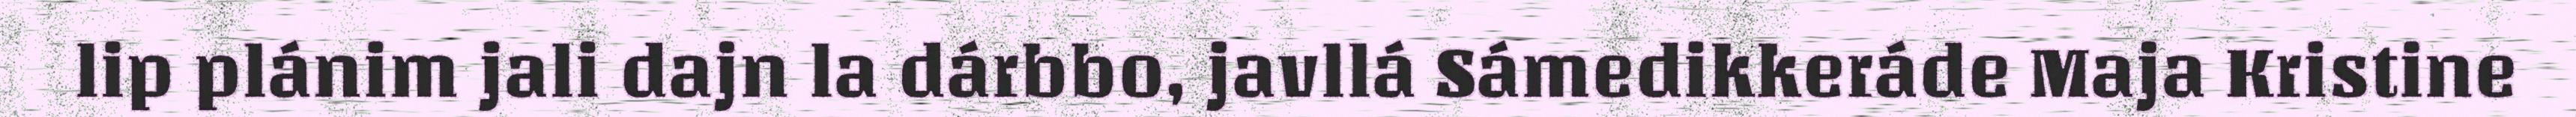
lip plánim jali dajn la dárbbo, javllá Sámedikkeráde Maja Kristine